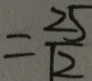
= \frac { 2 5 } { 1 2 }